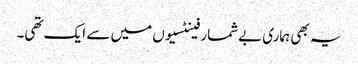
یہ بھی ہماری بےشمار فینٹسیوں میں سے ایک تھی۔